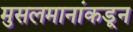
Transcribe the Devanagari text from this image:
मुसलमानांकडून